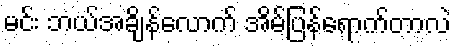
မင်း ဘယ်အချိန်လောက် အိမ်ပြန်ရောက်တာလဲ